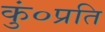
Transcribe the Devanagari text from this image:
कुं०प्रति